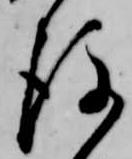
後